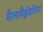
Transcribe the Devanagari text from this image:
सैलामैंड्रॉइडिया